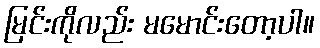
မြင်းကိုလည်း မမောင်းတော့ပါ။